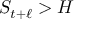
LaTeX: S _ { t + \ell } > H